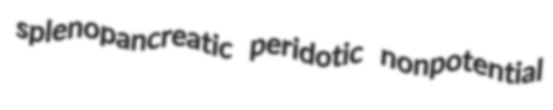
splenopancreatic peridotic nonpotential